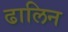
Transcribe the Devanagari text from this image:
ढालिन